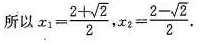
所以 $$x_{1}= \frac{2+ \sqrt{2}}{2}$$,$$x_{2}= \frac{2- \sqrt{2}}{2}$$